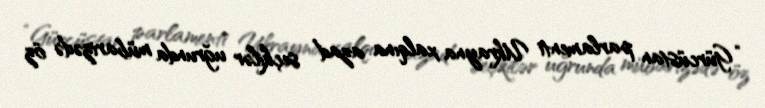
“Gürcüstan parlamenti Ukrayna xalqına azad seçkilər uğrunda mübarizədə öz